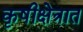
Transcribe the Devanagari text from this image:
कृषीक्षेत्रात